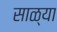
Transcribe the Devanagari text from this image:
साळ्या